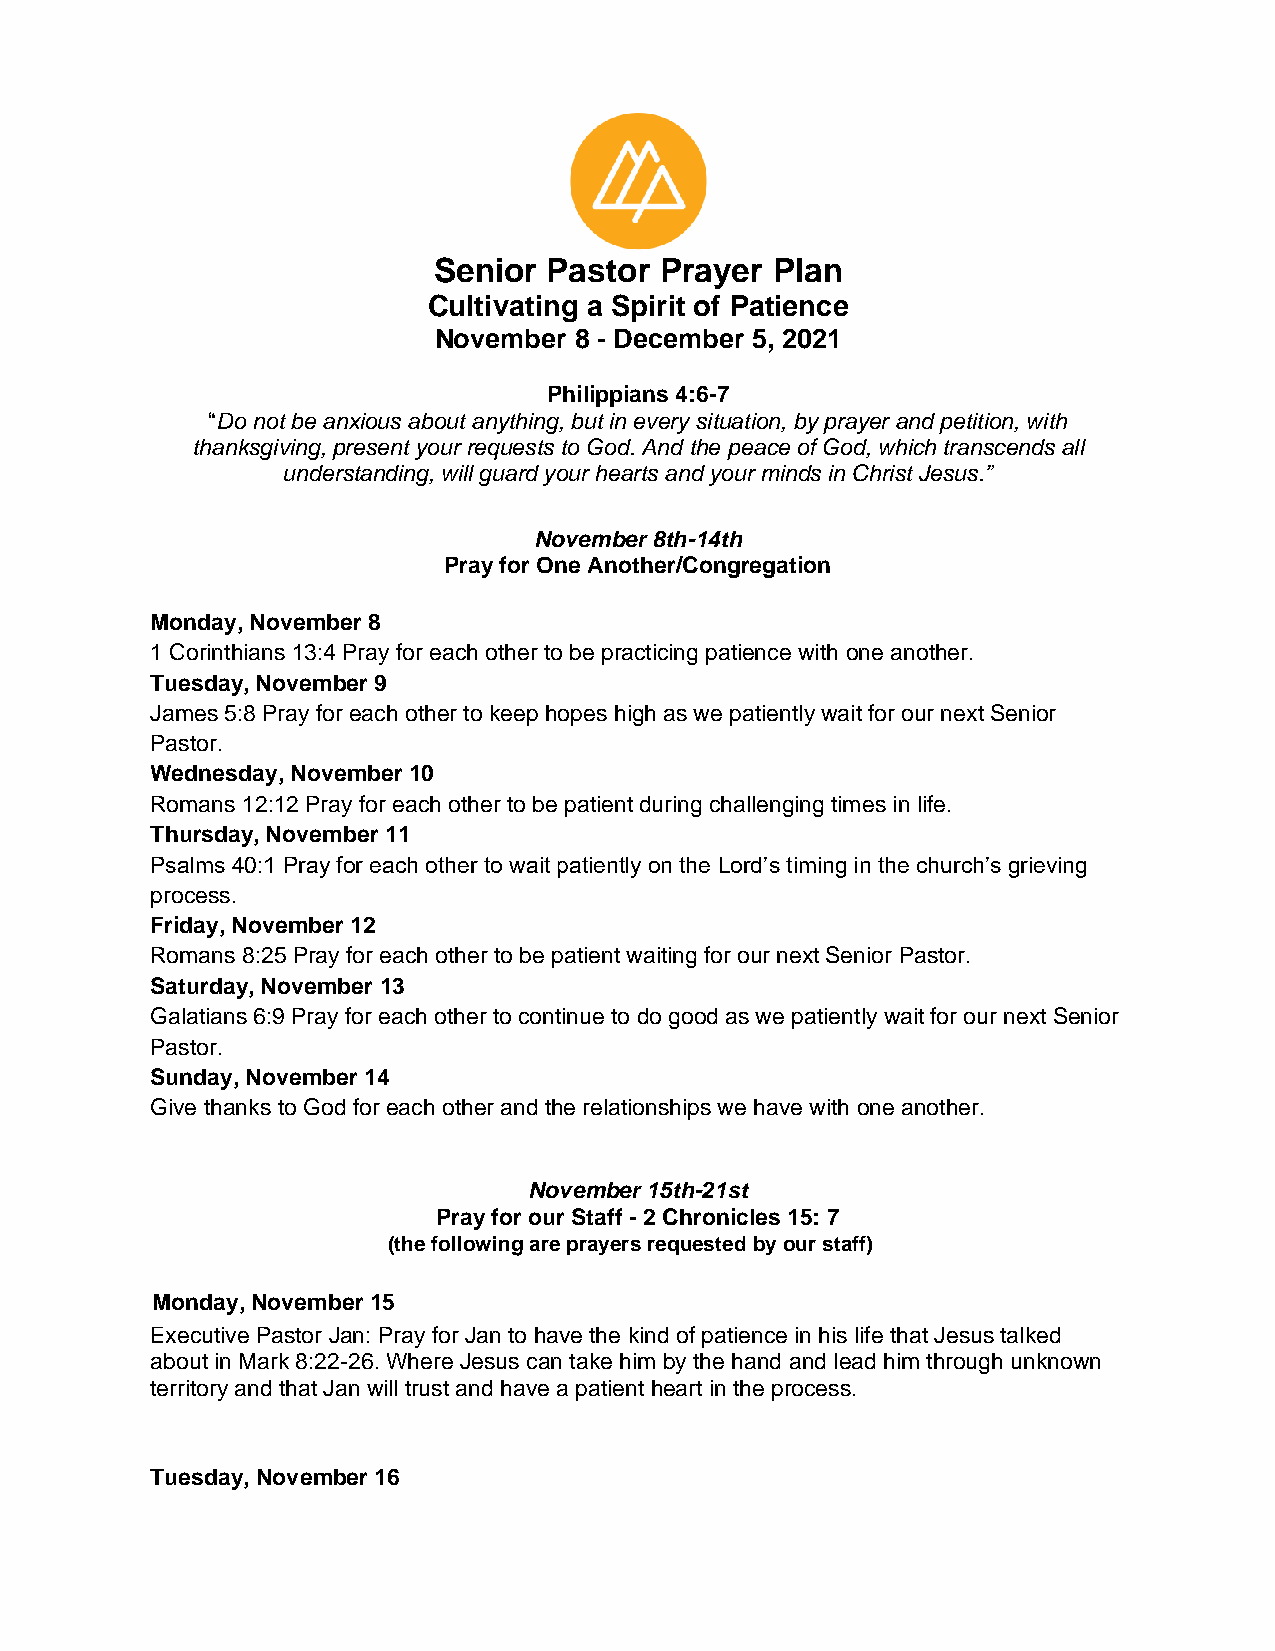
Senior Pastor  Prayer Plan
 Cultivating a Spirit of Patience
 November 8 - December 5, 2021
 Philippians 4:6-7
 “Do not be anxious about anything, but in every situation, by prayer and petition, with
 thanksgiving, present your requests to God. And the peace of God, which transcends all
 understanding, will guard your hearts and your minds in Christ Jesus.”
 November 8th-14th
 Pray for One Another/Congregation
 Monday, November 8
 1 Corinthians 13:4 Pray for each other to be practicing patience with one another.
 Tuesday, November 9
 James 5:8 Pray for each other to keep hopes high as we patiently wait for our next Senior
 Pastor.
 Wednesday, November 10
 Romans 12:12 Pray for each other to be patient during challenging times in life.
 Thursday, November 11
 Psalms 40:1 Pray for each other to wait patiently on the Lord’s timing in the church’s grieving
 process.
 Friday, November 12
 Romans 8:25 Pray for each other to be patient waiting for our next Senior Pastor.
 Saturday, November 13
 Galatians 6:9 Pray for each other to continue to do good as we patiently wait for our next Senior
 Pastor.
 Sunday, November 14
 Give thanks to God for each other and the relationships we have with one another.
 November 15th-21st
 Pray for our Staff - 2 Chronicles 15: 7
 (the following are prayers requested by our staff)
 Monday, November 15
 Executive Pastor Jan: Pray for Jan to have the kind of patience in his life that Jesus talked
 about in Mark 8:22-26. Where Jesus can take him by the hand and lead him through unknown
 territory and that Jan will trust and have a patient heart in the process.
 Tuesday, November 16